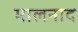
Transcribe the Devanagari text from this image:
मालनाद